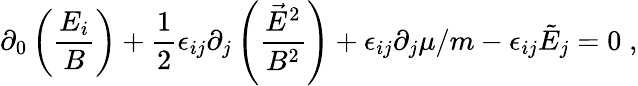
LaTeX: \partial_{0}\left(\frac{E_{i}}{B}\right)+\frac{1}{2}\epsilon_{ij}\partial_{j}\left(\frac{\vec{E}^{2}}{B^{2}}\right)+\epsilon_{ij}\partial_{j}\mu/m-\epsilon_{ij}\tilde{E}_{j}=0\; ,